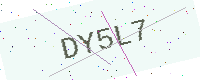
Text: DY5L7